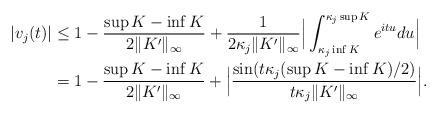
LaTeX: \begin{align*}|v_j(t)| &\leq 1 - \frac{\sup K - \inf K}{2\|K'\|_{\infty}}+ \frac{1}{2\kappa_j \|K'\|_\infty}\Big|\int_{\kappa_j \inf K}^{\kappa_j \sup K} e^{itu} du \Big| \\&=1 - \frac{\sup K - \inf K}{2\|K'\|_{\infty}} + \Big|\frac{\sin(t\kappa_j(\sup K - \inf K)/2)}{t\kappa_j \|K'\|_\infty}\Big|.\end{align*}